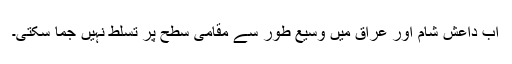
اب داعش شام اور عراق میں وسیع طور سے مقامی سطح پر تسلط نہیں جما سکتی۔